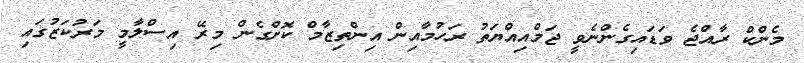
މެންކް ރާއްޖެ ވަޑައިގެންނެވީ ޖަމްއިއްޔަތު ރަހުމާއިން އިންތިޒާމް ކޮށްގެން މިރޭ އިސްލާމީ މަރުކަޒުގައި